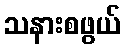
သနားစဖွယ်